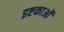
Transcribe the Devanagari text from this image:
इष्टकाओं